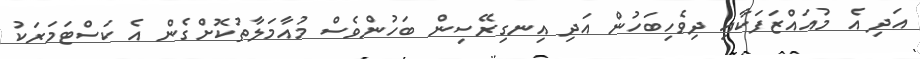
އަދި އެ މުއައްޒަފަކާއި ދިވެހިބަހުން އަދި އިނގިރޭސިން ބަހުންވެސް މުއާމަލާތުކޮށްގެން އެ ކަސްޓަމަރަކު